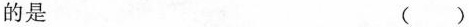
的是 ()